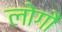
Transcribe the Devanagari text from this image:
लोगोें